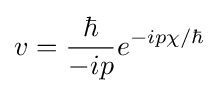
v={\frac {\hbar }{-ip}}e^{-ip\chi /\hbar }